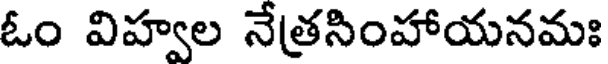
ఓం విహ్వల నేత్రసింహాయనమః